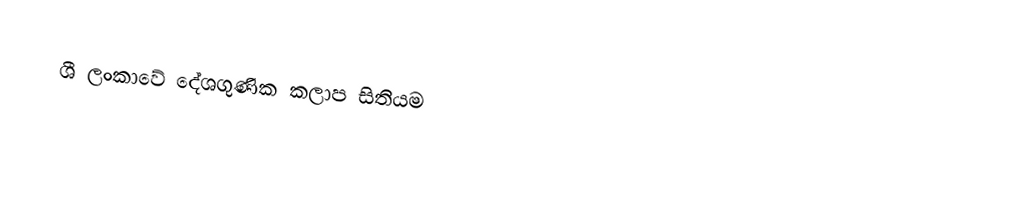
ශී ලංකාවේ දේශගුණික කලාප සිතියම